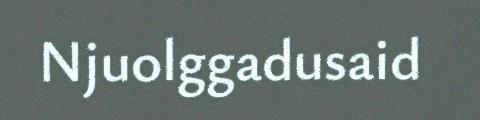
Njuolggadusaid